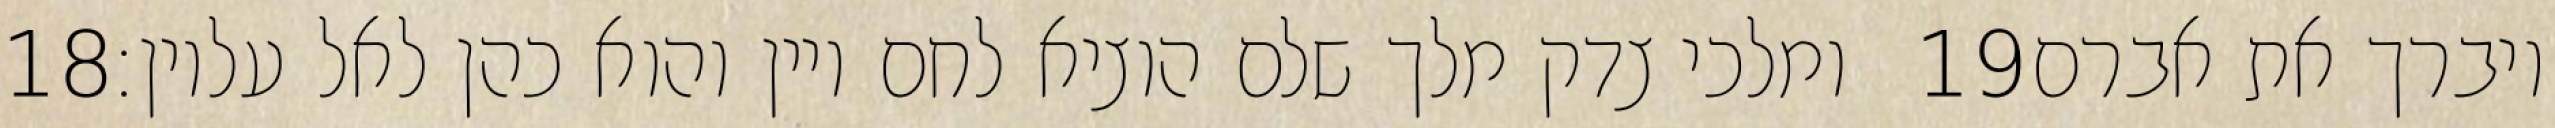
‎18‏ ומלכי צדק מלך שלם הוציא לחם ויין והוא כהן לאל עליון׃ ‎19‏ ויברך את אברם